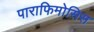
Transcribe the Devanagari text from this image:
पाराफिमोसिस